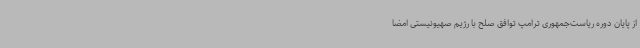
از پایان دوره ریاست‌جمهوری ترامپ توافق صلح با رژیم صهیونیستی امضا